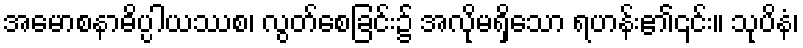
အမောစနာဓိပ္ပါယဿစ၊ လွတ်စေခြင်း၌ အလိုမရှိသော ရဟန်း၏၎င်း။ သုပိနံ၊